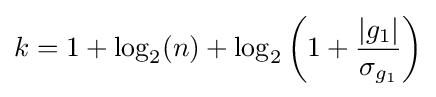
k=1+\log _{2}(n)+\log _{2}\left(1+{\frac {|g_{1}|}{\sigma _{g_{1}}}}\right)